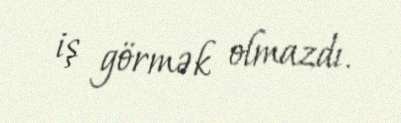
iş görmək olmazdı.